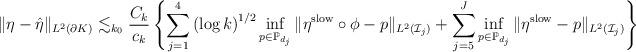
LaTeX: \begin{align*}\Vert \eta -\hat{\eta} \Vert_{L^2 \left( \partial K \right)}\lesssim_{k_0} \dfrac{C_k}{c_k}\left\{\sum_{j=1}^{4} \left( \log k \right)^{1/2} \inf_{p \in \mathbb{P}_{d_j}} \Vert \eta^{\rm slow} \circ \phi - p \Vert_{L^2(\mathcal{I}_j)}+ \sum_{j=5}^{J} \inf_{p \in \mathbb{P}_{d_j}} \Vert \eta^{\rm slow} - p \Vert_{L^2(\mathcal{I}_j)}\right\}\end{align*}